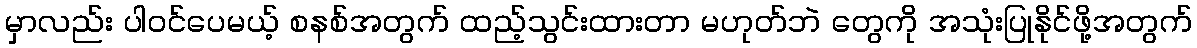
မှာလည်း ပါဝင်ပေမယ့် စနစ်အတွက် ထည့်သွင်းထားတာ မဟုတ်ဘဲ တွေကို အသုံးပြုနိုင်ဖို့အတွက်